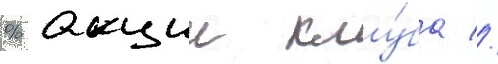
% акции клу́ба //